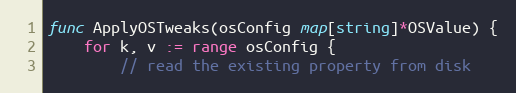
Language: Go
func ApplyOSTweaks(osConfig map[string]*OSValue) {
	for k, v := range osConfig {
		// read the existing property from disk